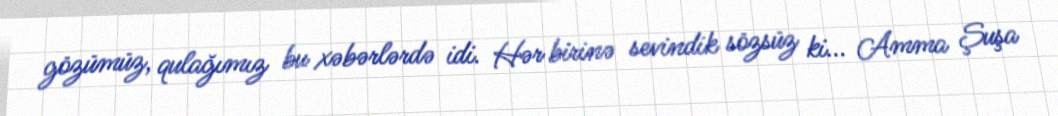
gözümüz, qulağımız bu xəbərlərdə idi. Hər birinə sevindik sözsüz ki... Amma Şuşa